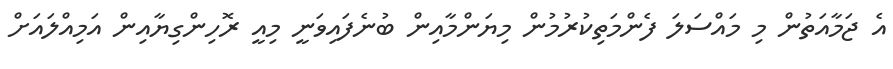
އެ ޖަމާއަތުން މި މައްސަލަ ފެންމަތިކުރުމުން މިޔަންމާއިން ބުނެފައިވަނީ މިއީ ރޮހިންގިޔާއިން އަމިއްލައަށް